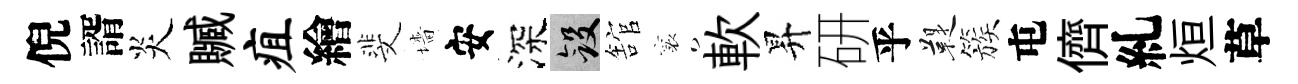
倪諝炎贓疽繪斐墻安深斂舘襄軟昇研乎鞮簇屯儕糺烜草